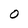
Character: O